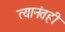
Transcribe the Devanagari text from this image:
त्यानंतही